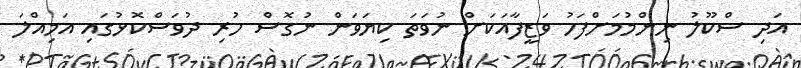
އަދި ސްކޫލު ނިންމުމަށްފަހު ވަޒީފާއަކަށް ނުވަތަ ކިޔަވަން ނުގޮސް ހުރި ދުވަސްކޮޅުގައި އަމިއްލަ